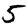
Digit: 5